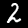
Label: 2